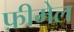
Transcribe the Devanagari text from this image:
फ़ीमेल